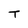
Character: T